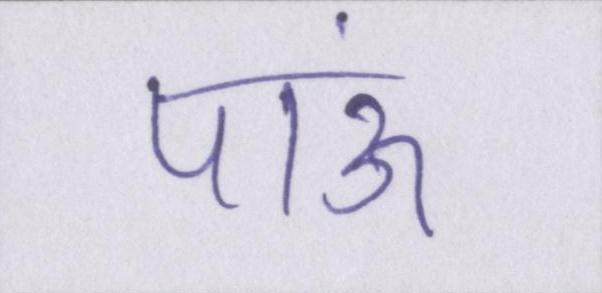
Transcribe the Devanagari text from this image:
पाऊं